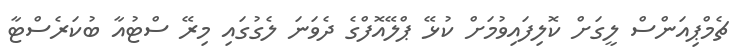
ޗެމްޕިއަންސް ލީގަށް ކޮލިފައިވުމަށް ކުޅޭ ޕްލޭއޮފްގެ ދެވަނަ ލެގުގައި މިރޭ ސްޓުއާ ބުކަރެސްޓާ